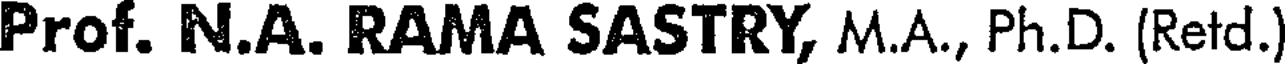
Prof. N.A. RAMA SASTRY, M.A., Ph.D. (Retd.